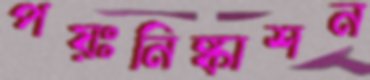
পয়ঃনিষ্কাশন